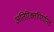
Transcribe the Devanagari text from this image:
अतिरिक्तपिरामिड